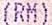
(RM)